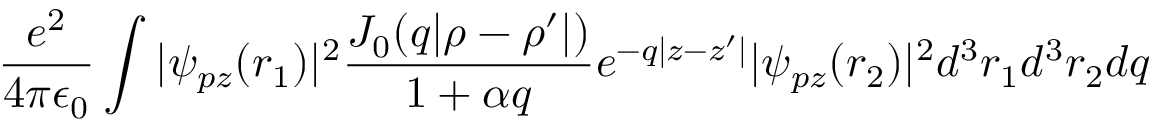
\frac { e ^ { 2 } } { 4 \pi \epsilon _ { 0 } } \int | \psi _ { p z } ( r _ { 1 } ) | ^ { 2 } \frac { J _ { 0 } ( q | \rho - \rho ^ { \prime } | ) } { 1 + \alpha q } e ^ { - q | z - z ^ { \prime } | } | \psi _ { p z } ( r _ { 2 } ) | ^ { 2 } d ^ { 3 } r _ { 1 } d ^ { 3 } r _ { 2 } d q